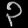
Digit: ၃